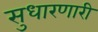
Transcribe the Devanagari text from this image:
सुधारणारी